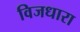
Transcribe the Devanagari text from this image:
विजधारा